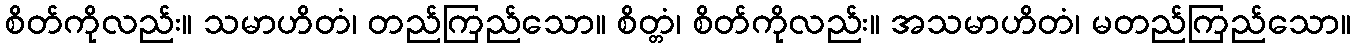
စိတ်ကိုလည်း။ သမာဟိတံ၊ တည်ကြည်သော။ စိတ္တံ၊ စိတ်ကိုလည်း။ အသမာဟိတံ၊ မတည်ကြည်သော။